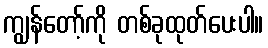
ကျွန်တော့်ကို တစ်ခုထုတ်ပေးပါ။